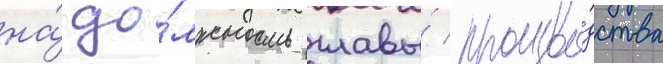
на́ до́лжность главы́ произво́дства